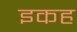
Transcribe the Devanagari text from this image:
इकह